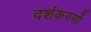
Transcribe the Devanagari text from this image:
दर्शकगणों